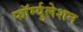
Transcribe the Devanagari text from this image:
फॉर्म्युलेशन